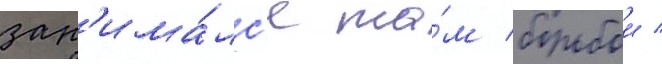
зан'има́лс'я та́м борьбои /